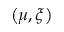
\left( \mu , \xi \right)